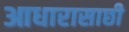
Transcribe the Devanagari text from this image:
आधारासाछी